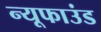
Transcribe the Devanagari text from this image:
न्यूफाउंड